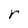
Character: r